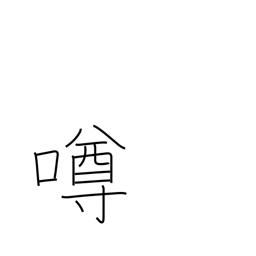
Meaning: gossip